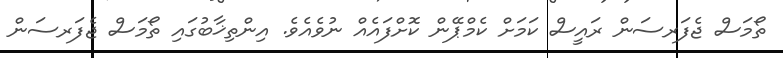
ތޯމަސް ޖެފަރސަން ރައީސް ކަމަށް ކެމްޕޭން ކޮށްފައެއް ނުވެއެވެ. އިންތިޚާބުގައި ތޯމަސް ޖެފަރސަން